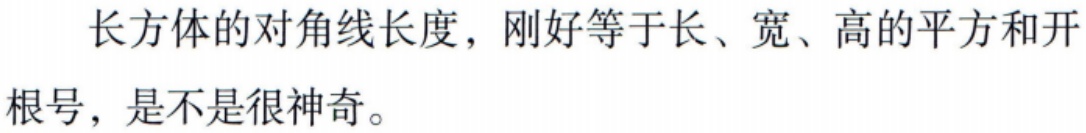
长方体的对角线长度，刚好等于长、宽、高的平方和开根号，是不是很神奇。